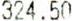
324.50